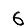
Digit: 6